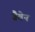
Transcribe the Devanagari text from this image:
ग्रैबेन